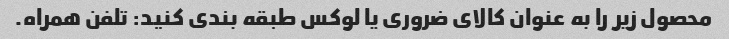
محصول زیر را به عنوان کالای ضروری یا لوکس طبقه بندی کنید: تلفن همراه.